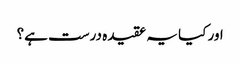
اور کیا یہ عقیدہ درست ہے؟